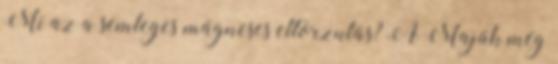
Mi az a semleges mágneses eltorzulás? A Maják még